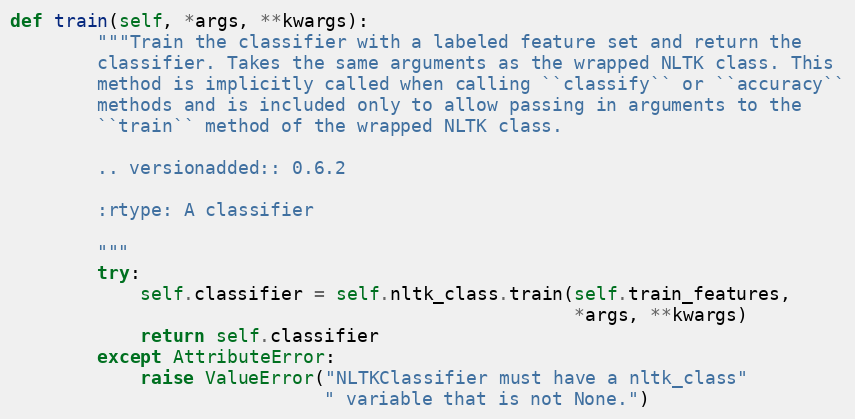
Language: Python
def train(self, *args, **kwargs):
        """Train the classifier with a labeled feature set and return the
        classifier. Takes the same arguments as the wrapped NLTK class. This
        method is implicitly called when calling ``classify`` or ``accuracy``
        methods and is included only to allow passing in arguments to the
        ``train`` method of the wrapped NLTK class.

        .. versionadded:: 0.6.2

        :rtype: A classifier

        """
        try:
            self.classifier = self.nltk_class.train(self.train_features,
                                                    *args, **kwargs)
            return self.classifier
        except AttributeError:
            raise ValueError("NLTKClassifier must have a nltk_class"
                             " variable that is not None.")